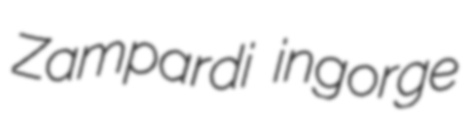
Zampardi ingorge